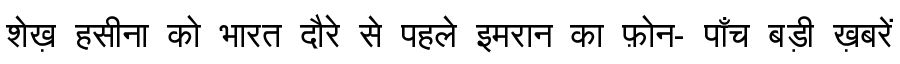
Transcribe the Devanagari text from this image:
शेख़ हसीना को भारत दौरे से पहले इमरान का फ़ोन- पाँच बड़ी ख़बरें